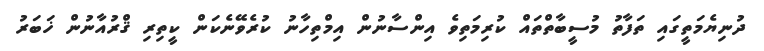
ދުނިޔެމަތީގައި ތަފާތު މުސީބާތްތައް ކުރިމަތިވެ އިންސާނުން އިމްތިހާނު ކުރެވޭނެކަން ކީތިރި ޤްރުއާނުން ޚަބަރު